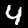
Label: 4